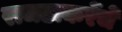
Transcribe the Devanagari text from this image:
राजठाकरेंचे